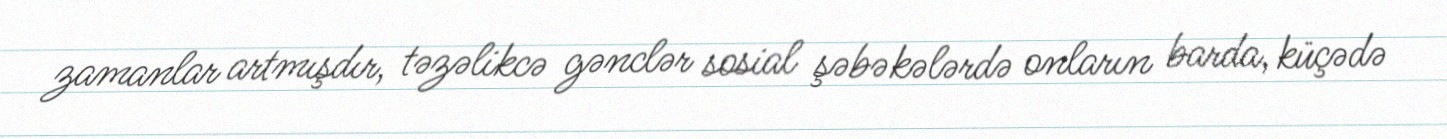
zamanlar artmışdır, təzəlikcə gənclər sosial şəbəkələrdə onların barda, küçədə